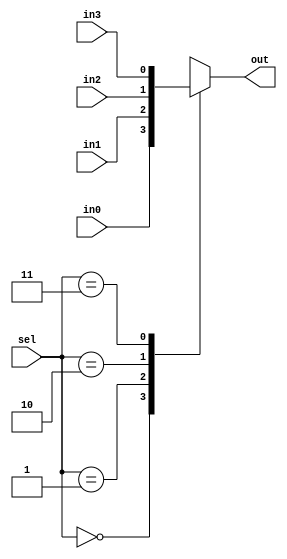
module mux_4x1 #(parameter WIDTH = 1) (

input [WIDTH-1:0] in0,
input [WIDTH-1:0] in1,
input [WIDTH-1:0] in2,
input [WIDTH-1:0] in3,
input [1:0] sel,
output reg [WIDTH-1:0] out

);

always @(*)
 begin
     case(sel)
	     2'b00: out = in0;
	     2'b01: out = in1;
	     2'b10: out = in2;
	     2'b11: out = in3;
	     default : out = in0;
	 endcase 
 end
 
endmodule